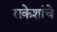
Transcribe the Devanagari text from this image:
राकेशांचे